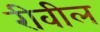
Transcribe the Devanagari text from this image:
रीवील